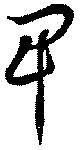
卑